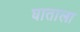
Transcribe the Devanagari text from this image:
घाताला